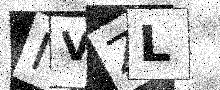
Text: NVZL